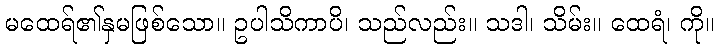
မထေရ်၏နှမဖြစ်သော။ ဥပါသိကာပိ၊ သည်လည်း။ သဒါ၊ သိမ်း။ ထေရံ၊ ကို။